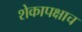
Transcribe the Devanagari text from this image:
शेकापक्षाच